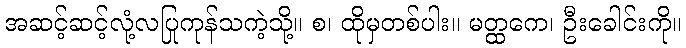
အဆင့်ဆင့်လုံ့လပြုကုန်သကဲ့သို့။ စ၊ ထိုမှတစ်ပါး။ မတ္ထကေ၊ ဦးခေါင်းကို။